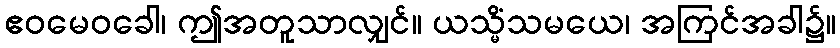
ဧဝမေဝခေါ၊ ဤအတူသာလျှင်။ ယသ္မိံသမယေ၊ အကြင်အခါ၌။